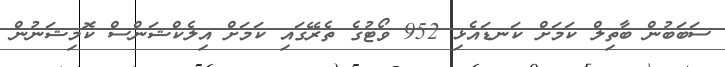
ސަބަބުން ބާތިލް ކަމަށް ކަނޑައެޅި 952 ވޯޓުގެ ތެރޭގައި ކަމަށް އިލެކްޝަންސް ކޮމިޝަނުން